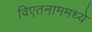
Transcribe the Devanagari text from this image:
विएतनाममध्ये